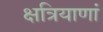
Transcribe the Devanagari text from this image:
क्षत्रियाणां